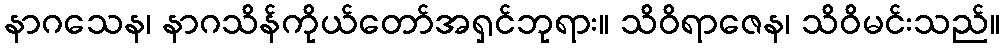
နာဂသေန၊ နာဂသိန်ကိုယ်တော်အရှင်ဘုရား။ သိဝိရာဇေန၊ သိဝိမင်းသည်။